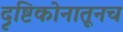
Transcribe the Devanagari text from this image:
दृष्टिकोनातूनच